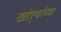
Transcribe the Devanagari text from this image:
खोर्‍यांच्या